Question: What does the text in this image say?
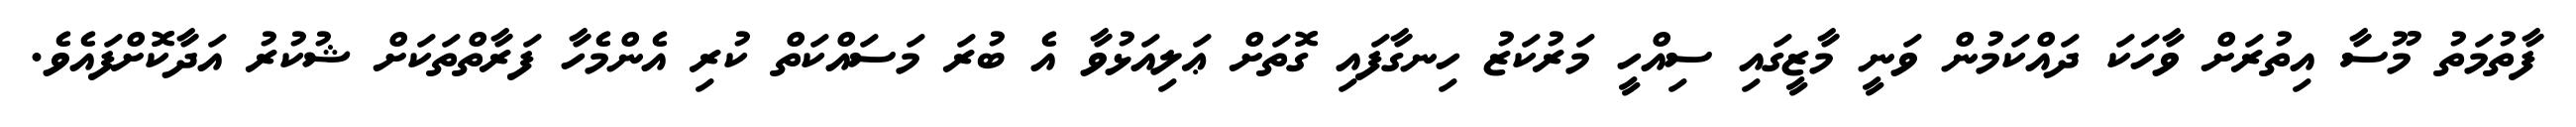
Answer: ފާތުމަތު މޫސާ އިތުރަށް ވާހަކަ ދައްކަމުން ވަނީ މާޒީގައި ސިއްހީ މަރުކަޒު ހިނގާފައި ގޮތަށް ޢަލިއަޅުވާ އެ ބުރަ މަސައްކަތް ކުރި އެންމެހާ ފަރާތްތަކަށް ޝުކުރު އަދާކޮށްފައެވެ.